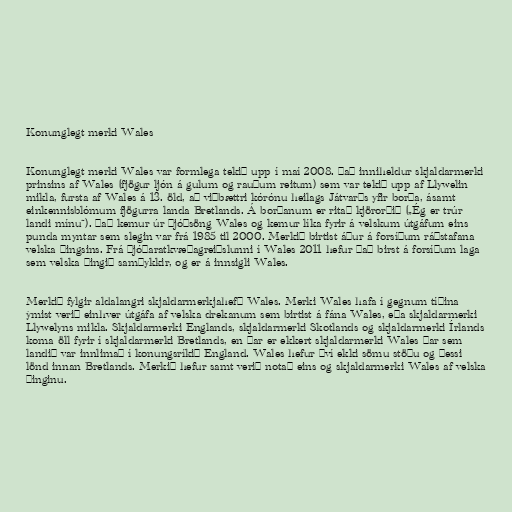
Konunglegt merki Wales

Konunglegt merki Wales var formlega tekið upp í maí 2008. Það inniheldur skjaldarmerki
prinsins af Wales (fjögur ljón á gulum og rauðum reitum) sem var tekið upp af Llywelin
mikla, fursta af Wales á 13. öld, að viðbættri kórónu heilags Játvarðs yfir borða, ásamt
einkennisblómum fjögurra landa Bretlands. Á borðanum er ritað kjörorðið („Ég er trúr
landi mínu“). Það kemur úr þjóðsöng Wales og kemur líka fyrir á velskum útgáfum eins
punda myntar sem slegin var frá 1985 til 2000. Merkið birtist áður á forsíðum ráðstafana
velska þingsins. Frá þjóðaratkvæðagreiðslunni í Wales 2011 hefur það birst á forsíðum laga
sem velska þingið samþykkir, og er á innsigli Wales.

Merkið fylgir aldalangri skjaldarmerkjahefð Wales. Merki Wales hafa í gegnum tíðina
ýmist verið einhver útgáfa af velska drekanum sem birtist á fána Wales, eða skjaldarmerki
Llywelyns mikla. Skjaldarmerki Englands, skjaldarmerki Skotlands og skjaldarmerki Írlands
koma öll fyrir í skjaldarmerki Bretlands, en þar er ekkert skjaldarmerki Wales þar sem
landið var innlimað í konungsríkið England. Wales hefur því ekki sömu stöðu og þessi
lönd innan Bretlands. Merkið hefur samt verið notað eins og skjaldarmerki Wales af velska
þinginu.